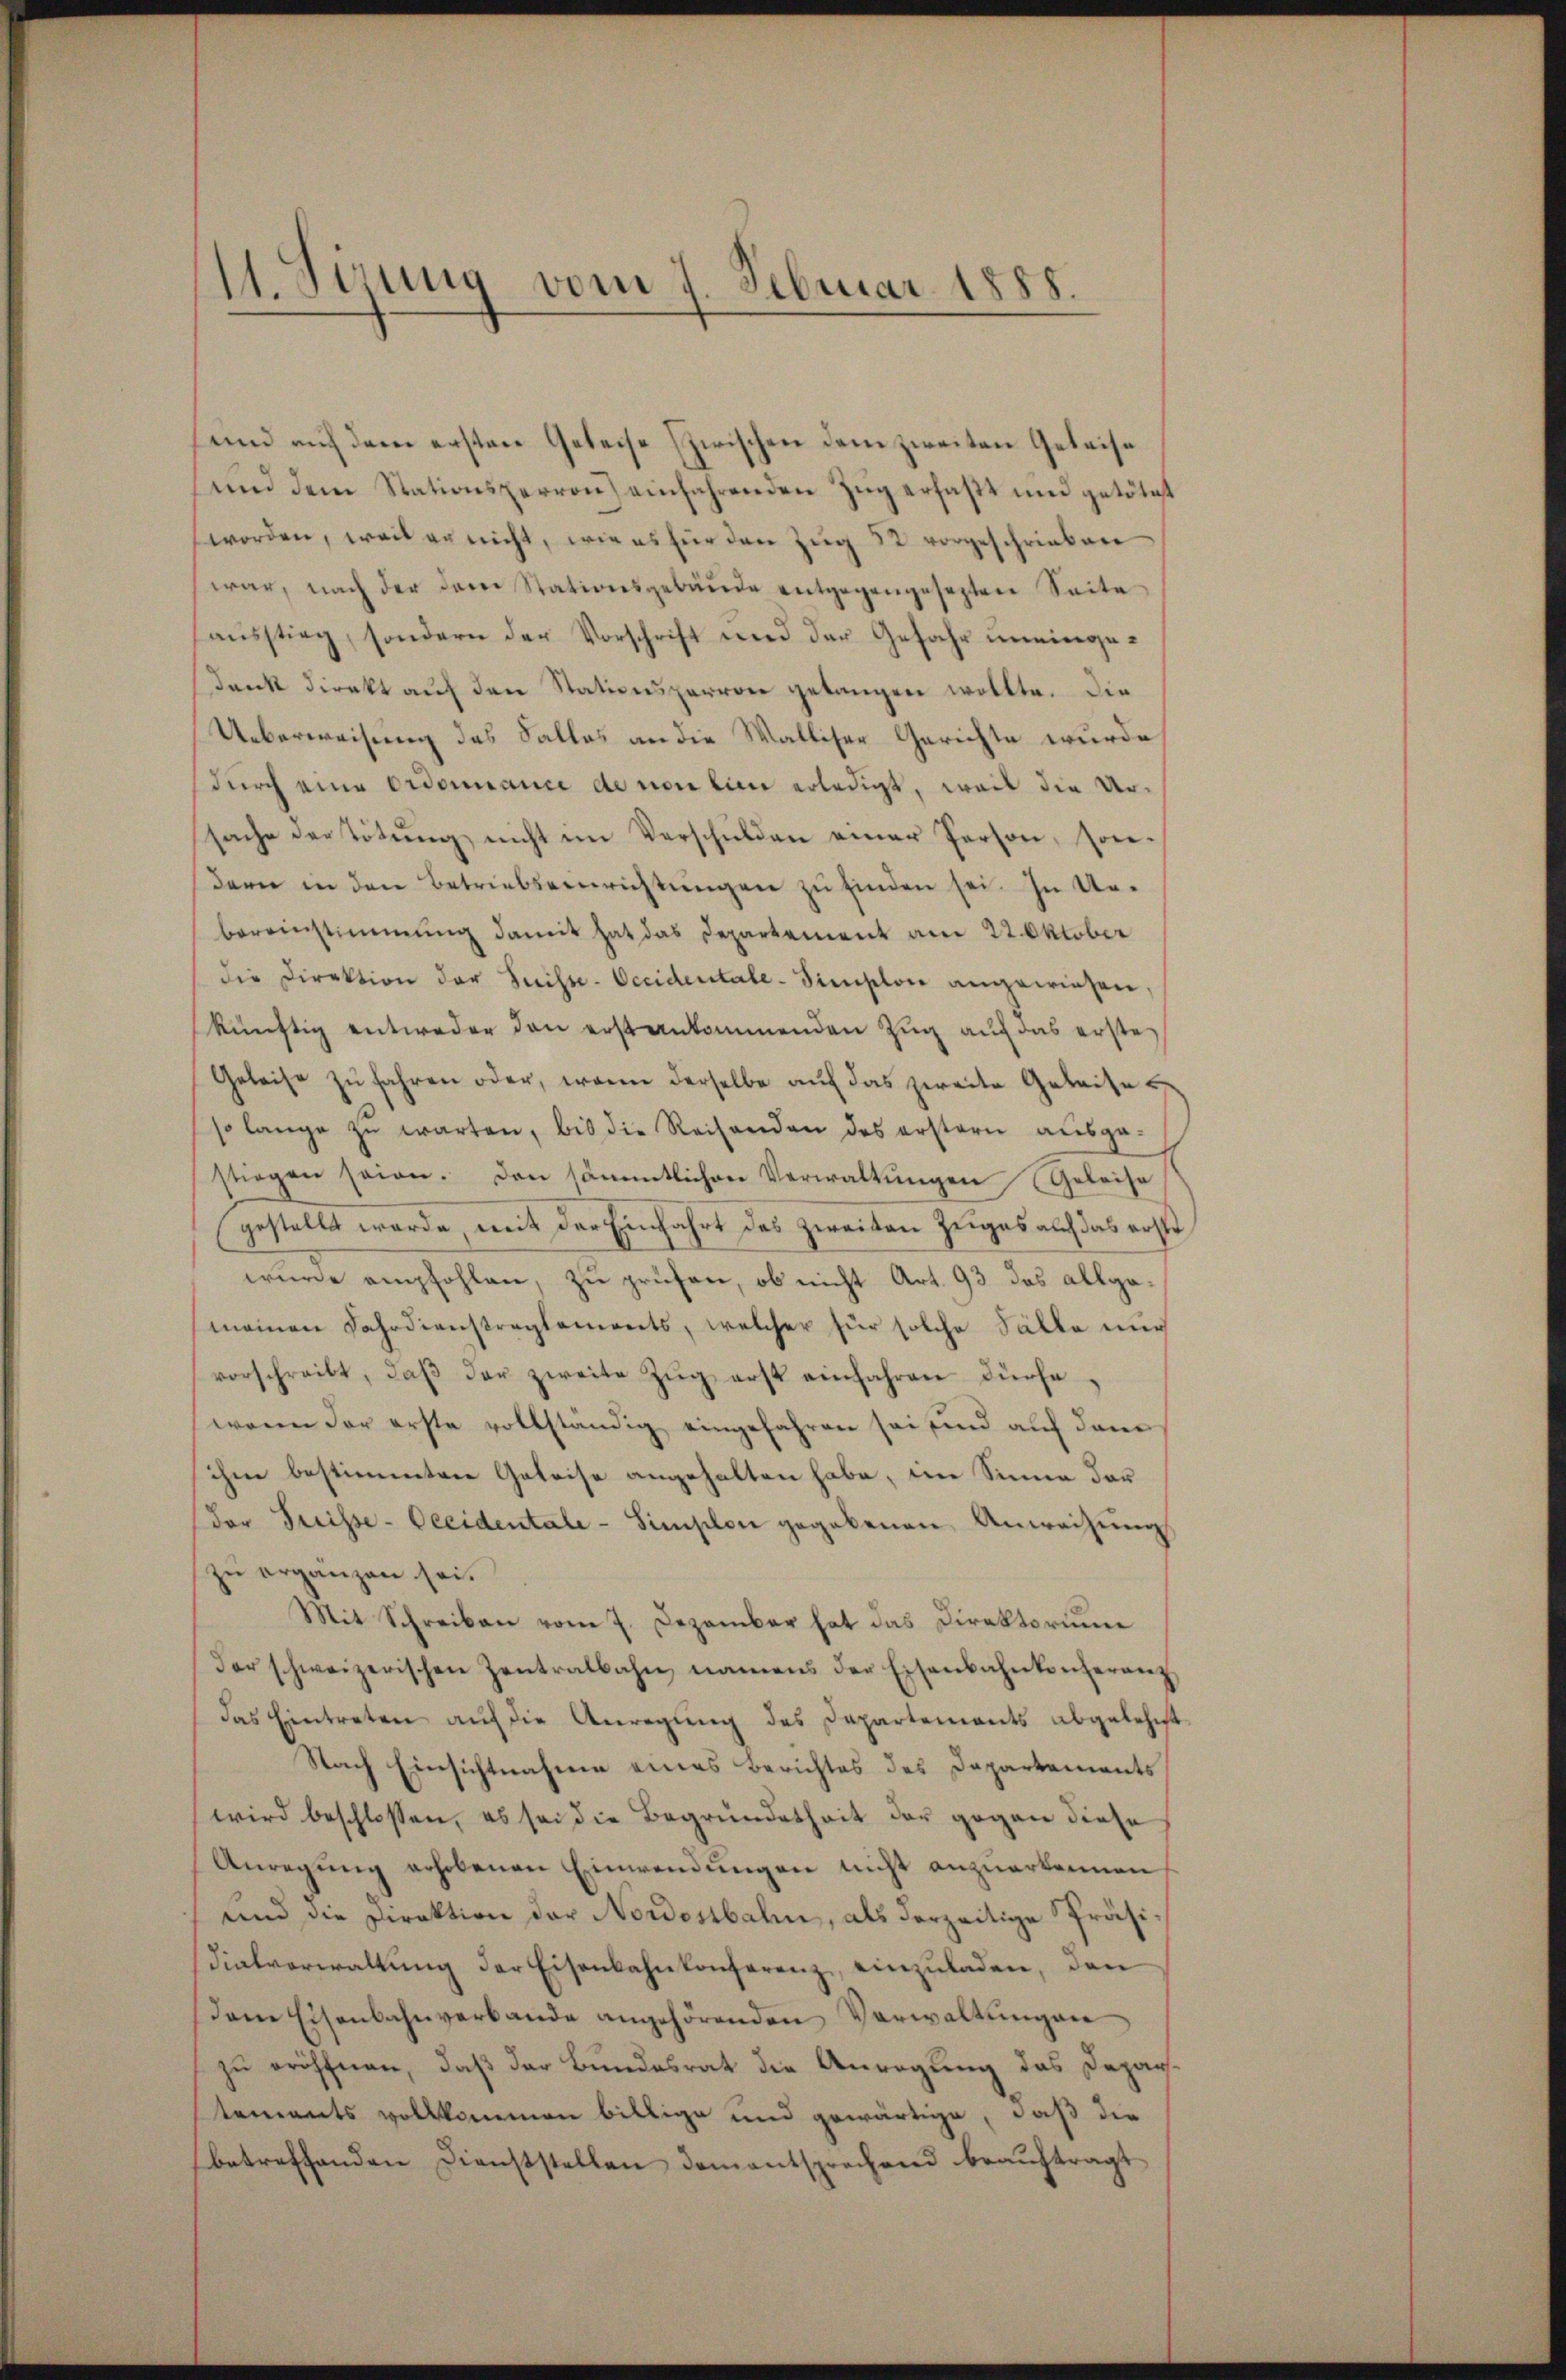
11. Sirung vom 7. Februar 1888.

sund auf dem ersten Geleise zwischen dem zweiten Geleise
und dem Stationsperron) einfahrenden Zŭg erfaßt und getötet
worden, weil er nicht, wie es für den Zŭg 22 vorgeschrieben
war, nach der dem Stationsgebäŭde entgegengesezten Seite
aŭsstieg, sondern der Vorschrift und der Gefahr uneinge¬
Dank direkt auf den Stationsparrone gelangen wollte. Die
Ueberweisung des Salles an die Walliser Gerichte wurde
durch eine Ordonnance de von eine erledigt, weil die Ursache der Tötung nicht im Verschulden einer Person, sondern in den Betriebseinrichtungen zu finden sei. In Uebereinstimmung damit hat das Departement am 22. Oktober
die Direktion der Suisse-Occideritale - Simplon angewiesen.
künftig entweder den erst ankommenden Zug auf das erste
Geleise zŭ fahren oder, wenn derselbe aŭf das zweite Geleise
so lange zŭ warten, bis die Reisenden des erstern aŭsge-
stiegen seien. Den sämmtlichen Verwaltŭngen Geleise
gestellt werde, mit der Einfahrt des zweiten Zuges auch das erste
wurde empfohlen, zu prüfen, ob nicht Art. 93 das allgemeinen Fahrdienstreglements, welcher für solche Fälle nur
vorschreibt, daβ der zweite Zŭg erst einfahren dürfe.
waren der erste vollständig eingefahren sei sind auf dem
ihm bestimmten Geleise angehalten habe, im Sinne dar
der Freisse-Oeeidentale - Simplon gegebenen Anweisŭng
zu ergänzen sei.
Mit Schreiben vom 7. Dezember hat das Direktorium
der schweizerischen Zentralbahn namens der Eisenbahnkonferenz
das Eintreten auf die Anregung des Departements abgelehnt
Nach Einsichtnahme eines Berichtes des Departements
wird beschlossen, es sei die Begründetheit der gegen diese
Anregŭng erhobenen Einwendungen nicht anzuerkennen
und die Direktion der Nordostbahn, als derzeitige Präsidialverwaltŭng der Eisenbahnkonferenz, einzuladen, den
dem Eisenbahnverbande angehörenden Verwaltungen
zu eröffnen, daß der Bundesrat die Anregung das Departements vollkommen billige und gewärtige, daß die
betreffenden Dienststellen dementsprechend beaŭftragt